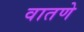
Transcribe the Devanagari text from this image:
वातणे